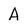
Character: A